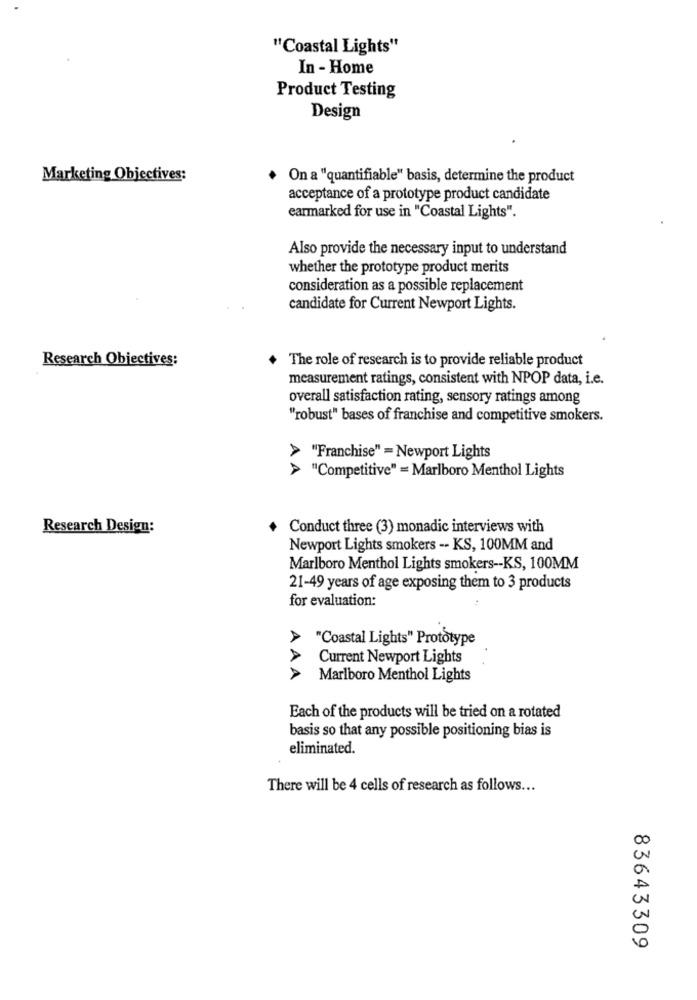
"Coastal Lights"
In - Home
Product Testing
Design
Marketing Objectives:
On a "quantifiable" basis, determine the product
acceptance of a prototype product candidate
earmarked for use in "Coastal Lights".
Also provide the necessary input to understand
whether the prototype product merits
consideration as a possible replacement
candidate for Current Newport Lights.
Research Objectives:
The role of research is to provide reliable product
measurement ratings, consistent with NPOP data, i.e.
overall satisfaction rating, sensory ratings among
"robust" bases of franchise and competitive smokers.
> "Franchise" = Newport Lights
"Competitive" = Marlboro Menthol Lights
Research Design:
Conduct three (3) monadic interviews with
Newport Lights smokers -- KS, 100MM and
Marlboro Menthol Lights smokers -- KS, 100MM
21-49 years of age exposing them to 3 products
for evaluation:
"Coastal Lights" Prototype
Current Newport Lights
AA
Marlboro Menthol Lights
Each of the products will be tried on a rotated
basis so that any possible positioning bias is
eliminated.
There will be 4 cells of research as follows ...
83643309